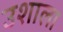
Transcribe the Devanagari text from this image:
उशाला